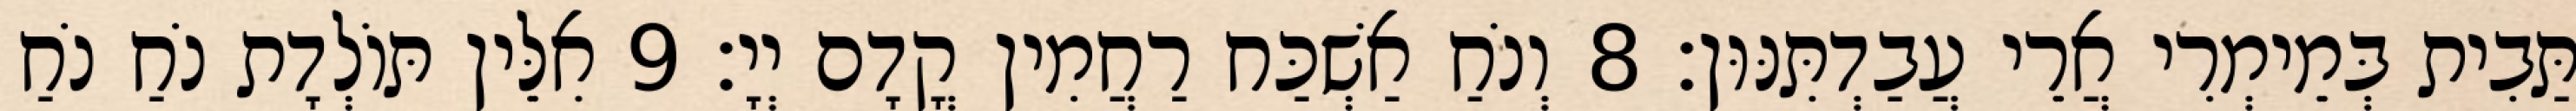
תַּבִית בְּמֵימְרִי אֲרֵי עֲבַדְתִּנּוּן׃ 8 וְנֹחַ אַשְׁכַּח רַחֲמִין קֳדָם יְיָ׃ 9 אִלֵּין תּוֹלְדָת נֹחַ נֹחַ